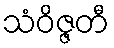
သံဝိဇ္ဇတီ